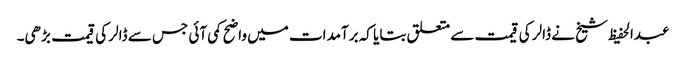
عبدالحفیظ شیخ نے ڈالر کی قیمت سے متعلق بتایا کہ برآمدات میں واضح کمی آئی جس سے ڈالر کی قیمت بڑھی۔